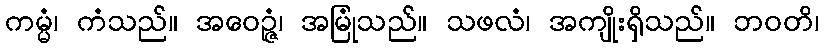
ကမ္မံ၊ ကံသည်။ အဝေဉ္ဇံ၊ အမြုံသည်။ သဖလံ၊ အကျိုးရှိသည်။ ဘဝတိ၊